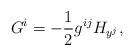
\begin{align*}G^i = -\frac{1}{2}g^{ij}H_{y^j},\end{align*}